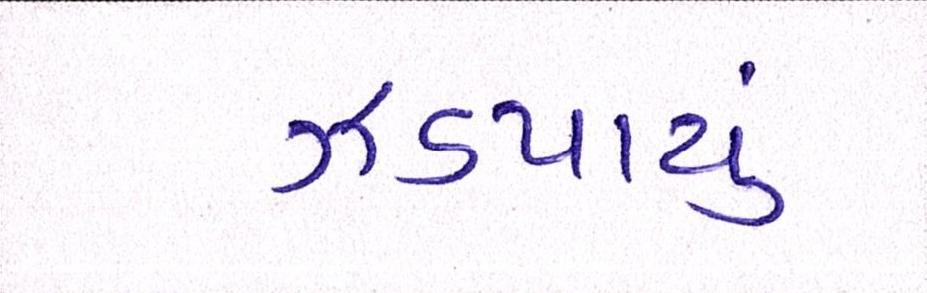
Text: ઝડપાયું